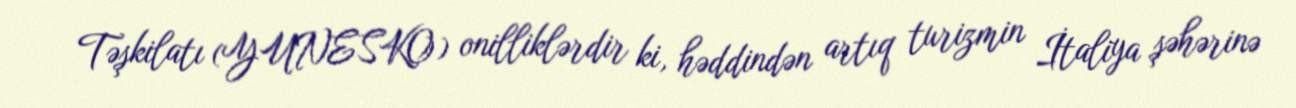
Təşkilatı (YUNESKO) onilliklərdir ki, həddindən artıq turizmin İtaliya şəhərinə